Annual statistical returns and brief notes on vaccination in Bengal - 1909-1929
Year: 1909
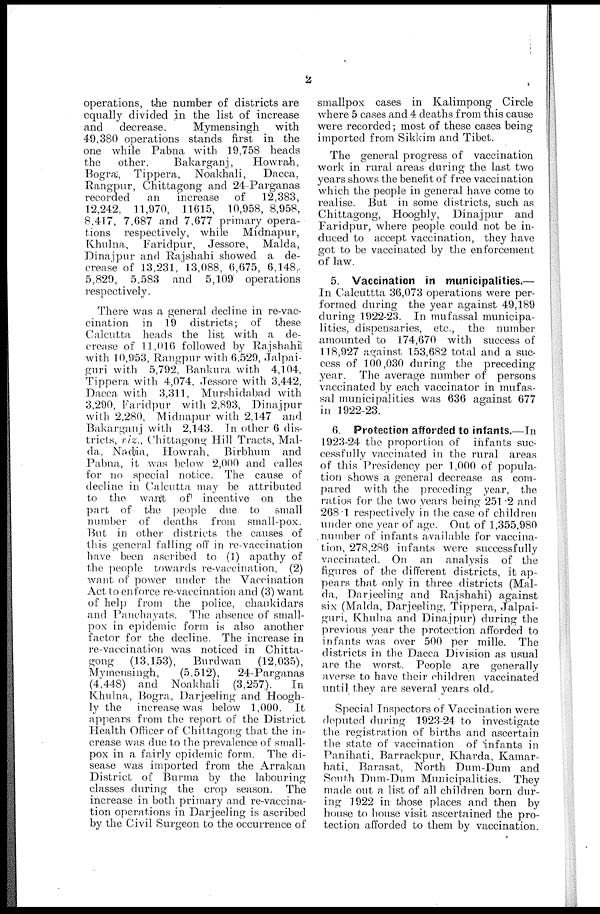
2
operations, the number of districts are
equally divided in the list of increase
and
decrease.
Mymensingh
with
49,380 operations stands first in the
one while Pabna with 19,758 heads
the
other.
Bakarganj,
Howrah,
Bogra , Tippera, Noakhali,
Dacca,
Rangpur, Chittagong and 24-Parganas
recorded
an
increase of 12,383,
12,242, 11,970, 11615, 10,958, 8,958,
8,417, 7,687 and 7,677 primary opera-
tions respectively, while Midnapur,
Khulna, Faridpur, Jessore, Malda,
Dinajpur and Rajshahi showed a de-
crease of 13,231, 13,088, 6,675, 6,148,
5,829, 5,583 and 5,109 operations
respectively.
There was a general decline in re-vac-
cination in 19 districts; of these
Calcutta heads the list with a de-
crease of 11,016 followed by Rajshahi
with 10,953, Rangpur with 6,529, jalpai-
guri with 5,792, Bankura with 4,104,
Tippera with 4,074, Jessore with 3,442,
Dacca with 3,311, Murshidabad with
3,290, Faridpur with 2,893, Dinajpur
with 2,280, Midnapur with 2,147 and
Bakarganj with 2,143. In other 6 dis-
tricts, viz., Chittagong Hill Tracts, Mal-
da, Nadia, Howrah, Birbhum and
Pabna, it was below 2,000 and calles
for no special notice. The cause of
decline in Calcutta may be attributed
to the want
of incentive on the
part of the people due to small
number of deaths from small-pox.
But in other districts the causes of
this general falling off in re-vaccination
have been ascribed to (1) apathy of
the people towards re-vaccination, (2)
want of power under the Vaccination
Act to enforce re-vaccination and (3) want
of help from the police, chaukidars
and Panchayats. The absence of small-
pox in epidemic form is also another
factor for the decline. The increase in
re-vaccination was noticed in Chitta-
gong (13,153), Burdwan
(12,035),
Mymensingh,
(5,512),
24-Parganas
(4,448) and Noakhali (3,257).
In
Khulna, Bogra, Darjeeling and Hoogh-
ly the increase was below 1,000. It
appears from the report of the District
Health Officer of Chittagong that the in-
crease was due to the prevalence of small-
pox in a fairly epidemic form. The di-
sease was imported from the Arrakan
District of Burma by the labouring
classes during the crop season. The
increase in both primary and re-vaccina-
tion operations in Darjeeling is ascribed
by the Civil Surgeon to the occurrence of
smallpox cases in Kalimpong Circle
where 5 cases and 4 deaths from this cause
were recorded; most of these cases being
imported from Sikkim and Tibet.
The general progress of vaccination
work in rural areas during the last two
years shows the benefit of free vaccination
which the people in general have come to
realise. But in some districts, such as
Chittagong, Hooghly, Dinajpur and
Faridpur, where people could not be in-
duced to accept vaccination, they have
got to be vaccinated by the enforcement
of law.
5. Vaccination in municipalities.—
In Calcuttta 36,073 operations were per-
formed during the year against 49,189
during 1922-23. In mufassal municipa-
lities, dispensaries, etc., the number
amounted to 174,670 with success of
118,927 against 153,682 total and a suc-
cess of 100,030 during the preceding
year. The average number of persons
vaccinated by each vaccinator in mufas-
sal municipalities was 636 against 677
in 1922-23.
6. Protection afforded to infants.—In
1923-24 the proportion of infants suc-
cessfully vaccinated in the rural areas
of this Presidency per 1,000 of popula-
tion shows a general decrease as com-
pared with the preceding year, the
ratios for the two years being 251.2 and
268.1 respectively in the case of children
under one year of age. Out of 1,355,980
number of infants available for vaccina-
tion, 278,286 infants were successfully
vaccinated. On an analysis of the
figures of the different districts, it ap-
pears that only in three districts (Mal-
da, Darjeeling and Rajshahi) against
six (Malda, Darjeeling, Tippera, Jalpai-
guri, Khulna and Dinajpur) during the
previous year the protection afforded to
infants was over 500 per mille. The
districts in the Dacca Division as usual
are the worst. People are generally
averse to have their children vaccinated
until they are several years old.
Special Inspectors of Vaccination were
deputed during 1923-24 to investigate
the registration of births and ascertain
the state of vaccination of infants in
Panihati, Barrackpur, Kharda, Kamar-
hati, Barasat, North Dum-Dum and
South Dum-Dum Municipalities. They
made out a list of all children born dur-
ing 1922 in those places and then by
house to house visit ascertained the pro-
tection afforded to them by vaccination.